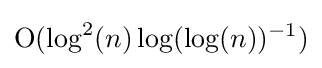
\mathrm {O} (\log ^{2}(n)\log(\log(n))^{-1})